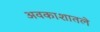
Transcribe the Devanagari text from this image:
अवकाशातले